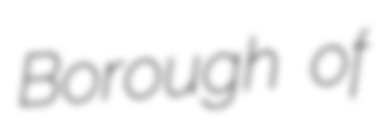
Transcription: Borough of